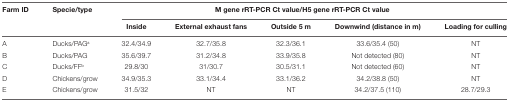
<table><thead><tr><td rowspan="2"><b>Farm ID</b></td><td rowspan="2"><b>Specie/type</b></td><td colspan="5"><b>M gene rRT-PCR Ct value/H5 gene rRT-PCR Ct value</b></td></tr><tr><td><b>Inside</b></td><td><b>External exhaust fans</b></td><td><b>Outside 5 m</b></td><td><b>Downwind (distance in m)</b></td><td><b>Loading for culling</b></td></tr></thead><tbody><tr><td>A</td><td>Ducks/PAG<sup>a</sup></td><td>32.4/34.9</td><td>32.7/35.8</td><td>32.3/36.1</td><td>33.6/35.4 (50)</td><td>NT</td></tr><tr><td>B</td><td>Ducks/PAG</td><td>35.6/39.7</td><td>31.2/34.8</td><td>33.9/35.8</td><td>Not detected (80)</td><td>NT</td></tr><tr><td>C</td><td>Ducks/FF<sup>b</sup></td><td>29.8/30</td><td>31/30.7</td><td>30.5/31.1</td><td>Not detected (60)</td><td>NT</td></tr><tr><td>D</td><td>Chickens/grow</td><td>34.9/35.3</td><td>33.1/34.4</td><td>33.1/36.2</td><td>34.2/38.8 (50)</td><td>NT</td></tr><tr><td>E</td><td>Chickens/grow</td><td>31.5/32</td><td>NT</td><td>NT</td><td>34.2/37.5 (110)</td><td>28.7/29.3</td></tr></tbody></table>